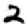
Digit: 2